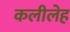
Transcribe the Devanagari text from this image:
कलीलेह